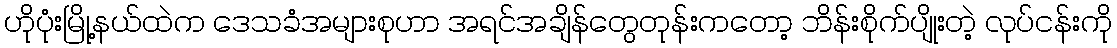
ဟိုပုံးမြို့နယ်ထဲက ဒေသခံအများစုဟာ အရင်အချိန်တွေတုန်းကတော့ ဘိန်းစိုက်ပျိုးတဲ့ လုပ်ငန်းကို